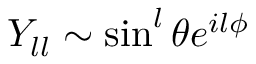
Y _ { l l } \sim \sin ^ { l } \theta e ^ { i l \phi }